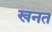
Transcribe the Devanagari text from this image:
खनत